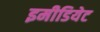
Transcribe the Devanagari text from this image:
इमीडियेट